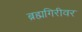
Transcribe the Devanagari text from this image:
ब्रह्मगिरीवर